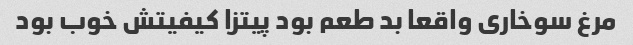
مرغ سوخاری واقعا بد طعم بود پیتزا کیفیتش خوب بود